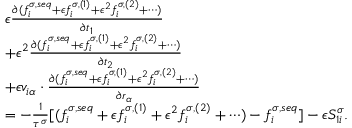
\begin{array} { r } { \begin{array} { r l } & { \epsilon \frac { \partial ( f _ { i } ^ { \sigma , s e q } + \epsilon f _ { i } ^ { \sigma , ( 1 ) } + \epsilon ^ { 2 } f _ { i } ^ { \sigma , ( 2 ) } + \cdots ) } { \partial t _ { 1 } } } \\ & { + \epsilon ^ { 2 } \frac { \partial ( f _ { i } ^ { \sigma , s e q } + \epsilon f _ { i } ^ { \sigma , ( 1 ) } + \epsilon ^ { 2 } f _ { i } ^ { \sigma , ( 2 ) } + \cdots ) } { \partial t _ { 2 } } } \\ & { + \epsilon v _ { i \alpha } \cdot \frac { \partial ( f _ { i } ^ { \sigma , s e q } + \epsilon f _ { i } ^ { \sigma , ( 1 ) } + \epsilon ^ { 2 } f _ { i } ^ { \sigma , ( 2 ) } + \cdots ) } { \partial r _ { \alpha } } } \\ & { = - \frac { 1 } { \tau ^ { \sigma } } [ ( f _ { i } ^ { \sigma , s e q } + \epsilon f _ { i } ^ { \sigma , ( 1 ) } + \epsilon ^ { 2 } f _ { i } ^ { \sigma , ( 2 ) } + \cdots ) - f _ { i } ^ { \sigma , s e q } ] - \epsilon S _ { 1 i } ^ { \sigma } . } \end{array} } \end{array}